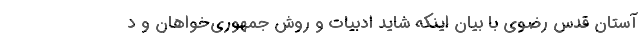
آستان قدس رضوی با بیان اینکه شاید ادبیات و روش‌ جمهوری‌خواهان و د